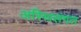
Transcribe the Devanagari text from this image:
अस्थिसंगत